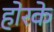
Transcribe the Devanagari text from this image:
होरके